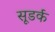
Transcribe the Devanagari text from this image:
सूडर्क